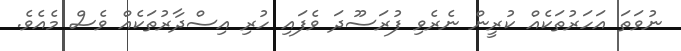
ނުވަތަ އަހަރުތަކެއް ކުރީން ނެރެވި ފުރަސޫދަ ވެފައި ހުރި އިސްދާރުތަކެއް ވެސް މެއެވެ.